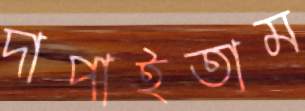
দাপাইতাম